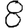
Digit: 8